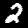
Label: 2